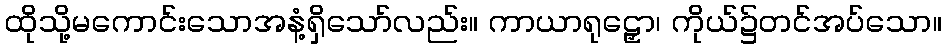
ထိုသို့မကောင်းသောအနံ့ရှိသော်လည်း။ ကာယာရုဠှော၊ ကိုယ်၌တင်အပ်သော။